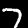
Label: 7